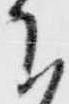
下